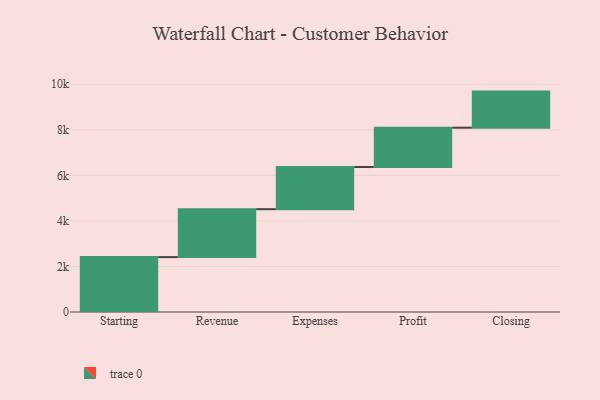
{"axis": {"x": "Step", "y": "Value"}, "legend": [""], "data": [{"x": "Starting", "y": 2410.0, "type": ""}, {"x": "Revenue", "y": 2104.0, "type": ""}, {"x": "Expenses", "y": 1853.0, "type": ""}, {"x": "Profit", "y": 1726.0, "type": ""}, {"x": "Closing", "y": 1585.0, "type": ""}]}